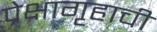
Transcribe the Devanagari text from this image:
प्रेक्षागृहाची